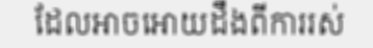
ដែលអាចអោយដឹងពីការរស់